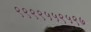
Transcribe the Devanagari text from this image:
९९९९५५९५९७